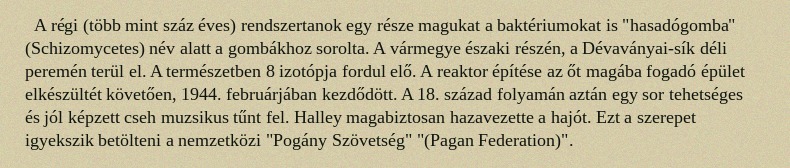
A régi (több mint száz éves) rendszertanok egy része magukat a baktériumokat is "hasadógomba" (Schizomycetes) név alatt a gombákhoz sorolta. A vármegye északi részén, a Dévaványai-sík déli peremén terül el. A természetben 8 izotópja fordul elő. A reaktor építése az őt magába fogadó épület elkészültét követően, 1944. februárjában kezdődött. A 18. század folyamán aztán egy sor tehetséges és jól képzett cseh muzsikus tűnt fel. Halley magabiztosan hazavezette a hajót. Ezt a szerepet igyekszik betölteni a nemzetközi "Pogány Szövetség" "(Pagan Federation)".